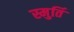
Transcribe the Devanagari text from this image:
स्मुर्ति